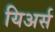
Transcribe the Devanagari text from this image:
यिअर्स